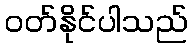
ဝတ်နိုင်ပါသည်